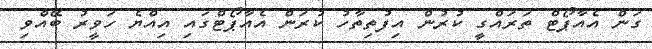
ގަން އެއާޕޯޓް ތަރައްގީ ކުރުން އިފުތިތާހު ކުރަން އެއާޕޯޓްގައި އިއްޔެ ހަވީރު ބޭއްވި